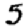
Digit: 5